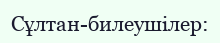
Сұлтан-билеушілер: